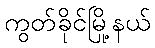
ကွတ်ခိုင်မြို့နယ်